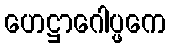
ဟေဋ္ဌာဂေါပ္ဖကေ